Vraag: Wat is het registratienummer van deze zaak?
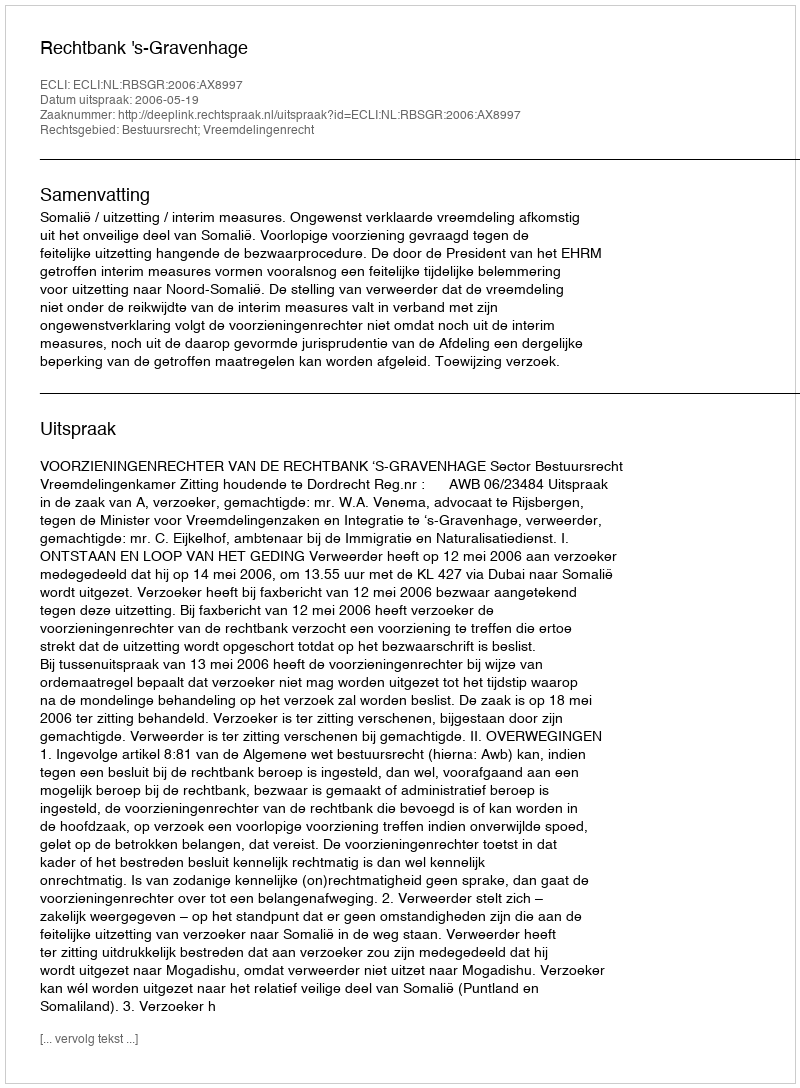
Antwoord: http://deeplink.rechtspraak.nl/uitspraak?id=ECLI:NL:RBSGR:2006:AX8997